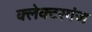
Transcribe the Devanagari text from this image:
क्लेक्टरगंज